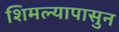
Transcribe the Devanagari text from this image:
शिमल्यापासुन